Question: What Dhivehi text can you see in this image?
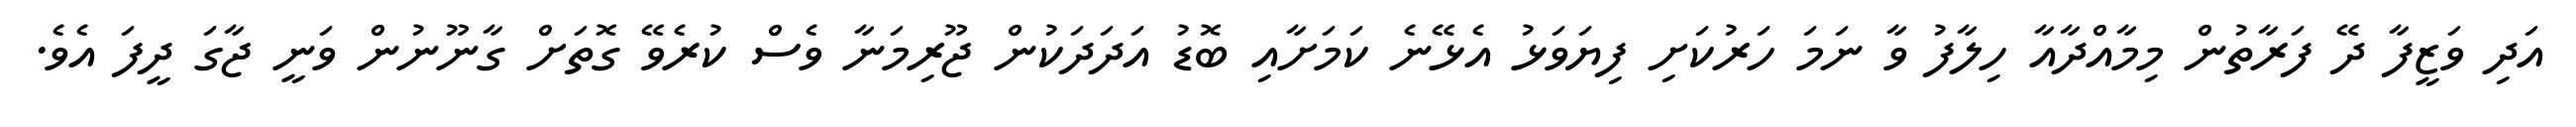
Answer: އަދި ވަޒީފާ ދޭ ފަރާތުން މިމާއްދާއާ ހިލާފު ވާ ނަމަ ހަރުކަށި ފިޔަވަޅު އެޅޭނެ ކަމަށާއި ބޮޑު އަދަދަކުން ޖޫރިމަނާ ވެސް ކުރެވޭ ގޮތަށް ގާނޫނުން ވަނީ ޖާގަ ދީފަ އެވެ.